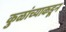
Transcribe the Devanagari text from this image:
कुळांच्याकडून